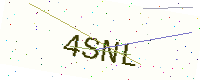
Text: 4SNL